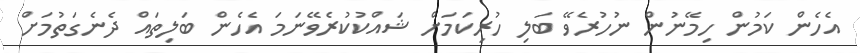
އެހެން ކަމުން ހިމޭނުން ނުހުރެވޭ ބަލި ހުރިކަމަށް ޝައްކުކުރެވޭނަމަ އެހެން ބަލިތައް ދެނެގަތުމަށް